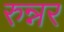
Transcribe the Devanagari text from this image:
रुन्नर